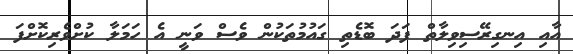
އާއި އިނގިރޭސިވިލާތް ފަދަ ބޮޑެތި ގައުމުތަކުން ވެސް ވަނީ އެ ހަމަލާ ކުށްވެރިކޮށްފަ